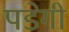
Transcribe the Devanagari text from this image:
पडेगी